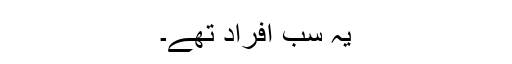
یہ سب افراد تھے۔